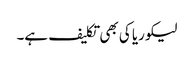
لیکوریا کی بھی تکلیف ہے۔